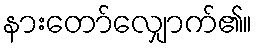
နားတော်လျှောက်၏။